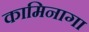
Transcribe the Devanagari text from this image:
कामिनागा